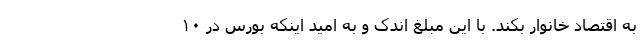
به اقتصاد خانوار بکند. با این مبلغ اندک و به امید اینکه بورس در ۱۰